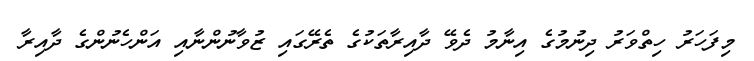
މިފަހަރު ހިތްވަރު ދިނުމުގެ އިނާމު ދެވޭ ދާއިރާތަކުގެ ތެރޭގައި ޒުވާނުންނާއި އަންހެނުންގެ ދާއިރާ